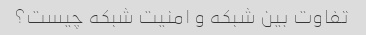
تفاوت بین شبکه و امنیت شبکه چیست؟